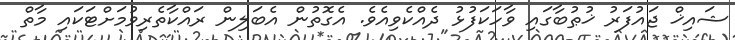
ޝައިޚް ޖައުފަރު ޚުޠުބާގައި ވާހަކަފުޅު ދެއްކެވިއެވެ. އެގޮތުން އެބަލިން ރައްކާތެރިވުމަށްޓަކައި މާތް